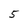
Character: 5